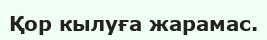
Қор кылуға жарамас.